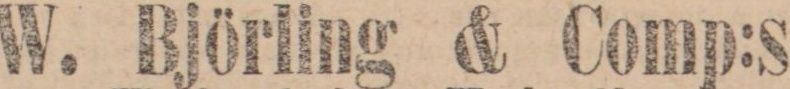
W. Björling & Comp:s